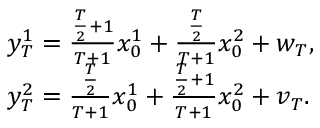
\begin{array} { r l } & { y _ { T } ^ { 1 } = \frac { \frac { T } { 2 } + 1 } { T + 1 } x _ { 0 } ^ { 1 } + \frac { \frac { T } { 2 } } { T + 1 } x _ { 0 } ^ { 2 } + w _ { T } , } \\ & { y _ { T } ^ { 2 } = \frac { \frac { T } { 2 } } { T + 1 } x _ { 0 } ^ { 1 } + \frac { \frac { T } { 2 } + 1 } { T + 1 } x _ { 0 } ^ { 2 } + v _ { T } . } \end{array}